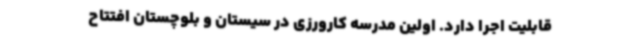
قابلیت اجرا دارد. اولین مدرسه کارورزی در سیستان و بلوچستان افتتاح